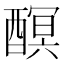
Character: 𨢎